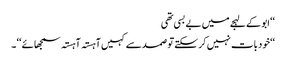
‘‘ ابو کے لہجے میں بے بسی تھی
‘‘خود بات نہیں کر سکتے تو صمد سے کہیں آہستہ آہستہ سمجھائے ‘‘ ۔